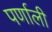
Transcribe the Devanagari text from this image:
पर्णाली